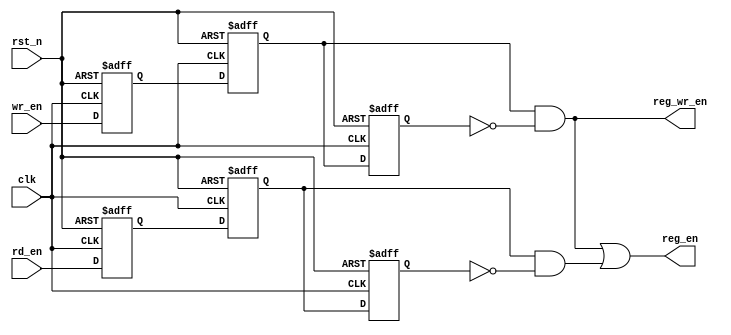
module dmi_jtag_to_core_sync
(
  rd_en,
  wr_en,
  rst_n,
  clk,
  reg_en,
  reg_wr_en
);

  input rd_en;
  input wr_en;
  input rst_n;
  input clk;
  output reg_en;
  output reg_wr_en;
  wire reg_en,reg_wr_en,c_rd_en,N0,N1,N2;
  reg [2:0] wren,rden;

  always @(posedge clk or posedge N0) begin
    if(N0) begin
      wren[2] <= 1'b0;
    end else if(1'b1) begin
      wren[2] <= wren[1];
    end
  end


  always @(posedge clk or posedge N0) begin
    if(N0) begin
      wren[1] <= 1'b0;
    end else if(1'b1) begin
      wren[1] <= wren[0];
    end
  end


  always @(posedge clk or posedge N0) begin
    if(N0) begin
      wren[0] <= 1'b0;
    end else if(1'b1) begin
      wren[0] <= wr_en;
    end
  end


  always @(posedge clk or posedge N0) begin
    if(N0) begin
      rden[2] <= 1'b0;
    end else if(1'b1) begin
      rden[2] <= rden[1];
    end
  end


  always @(posedge clk or posedge N0) begin
    if(N0) begin
      rden[1] <= 1'b0;
    end else if(1'b1) begin
      rden[1] <= rden[0];
    end
  end


  always @(posedge clk or posedge N0) begin
    if(N0) begin
      rden[0] <= 1'b0;
    end else if(1'b1) begin
      rden[0] <= rd_en;
    end
  end

  assign reg_en = reg_wr_en | c_rd_en;
  assign N0 = ~rst_n;
  assign c_rd_en = rden[1] & N1;
  assign N1 = ~rden[2];
  assign reg_wr_en = wren[1] & N2;
  assign N2 = ~wren[2];

endmodule